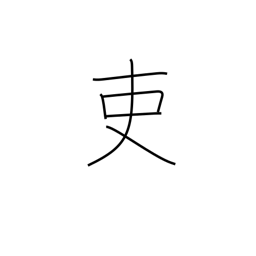
Meaning: an official